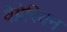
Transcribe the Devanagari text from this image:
वेग्नेरियन